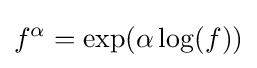
f^{\alpha }=\exp(\alpha \log(f))